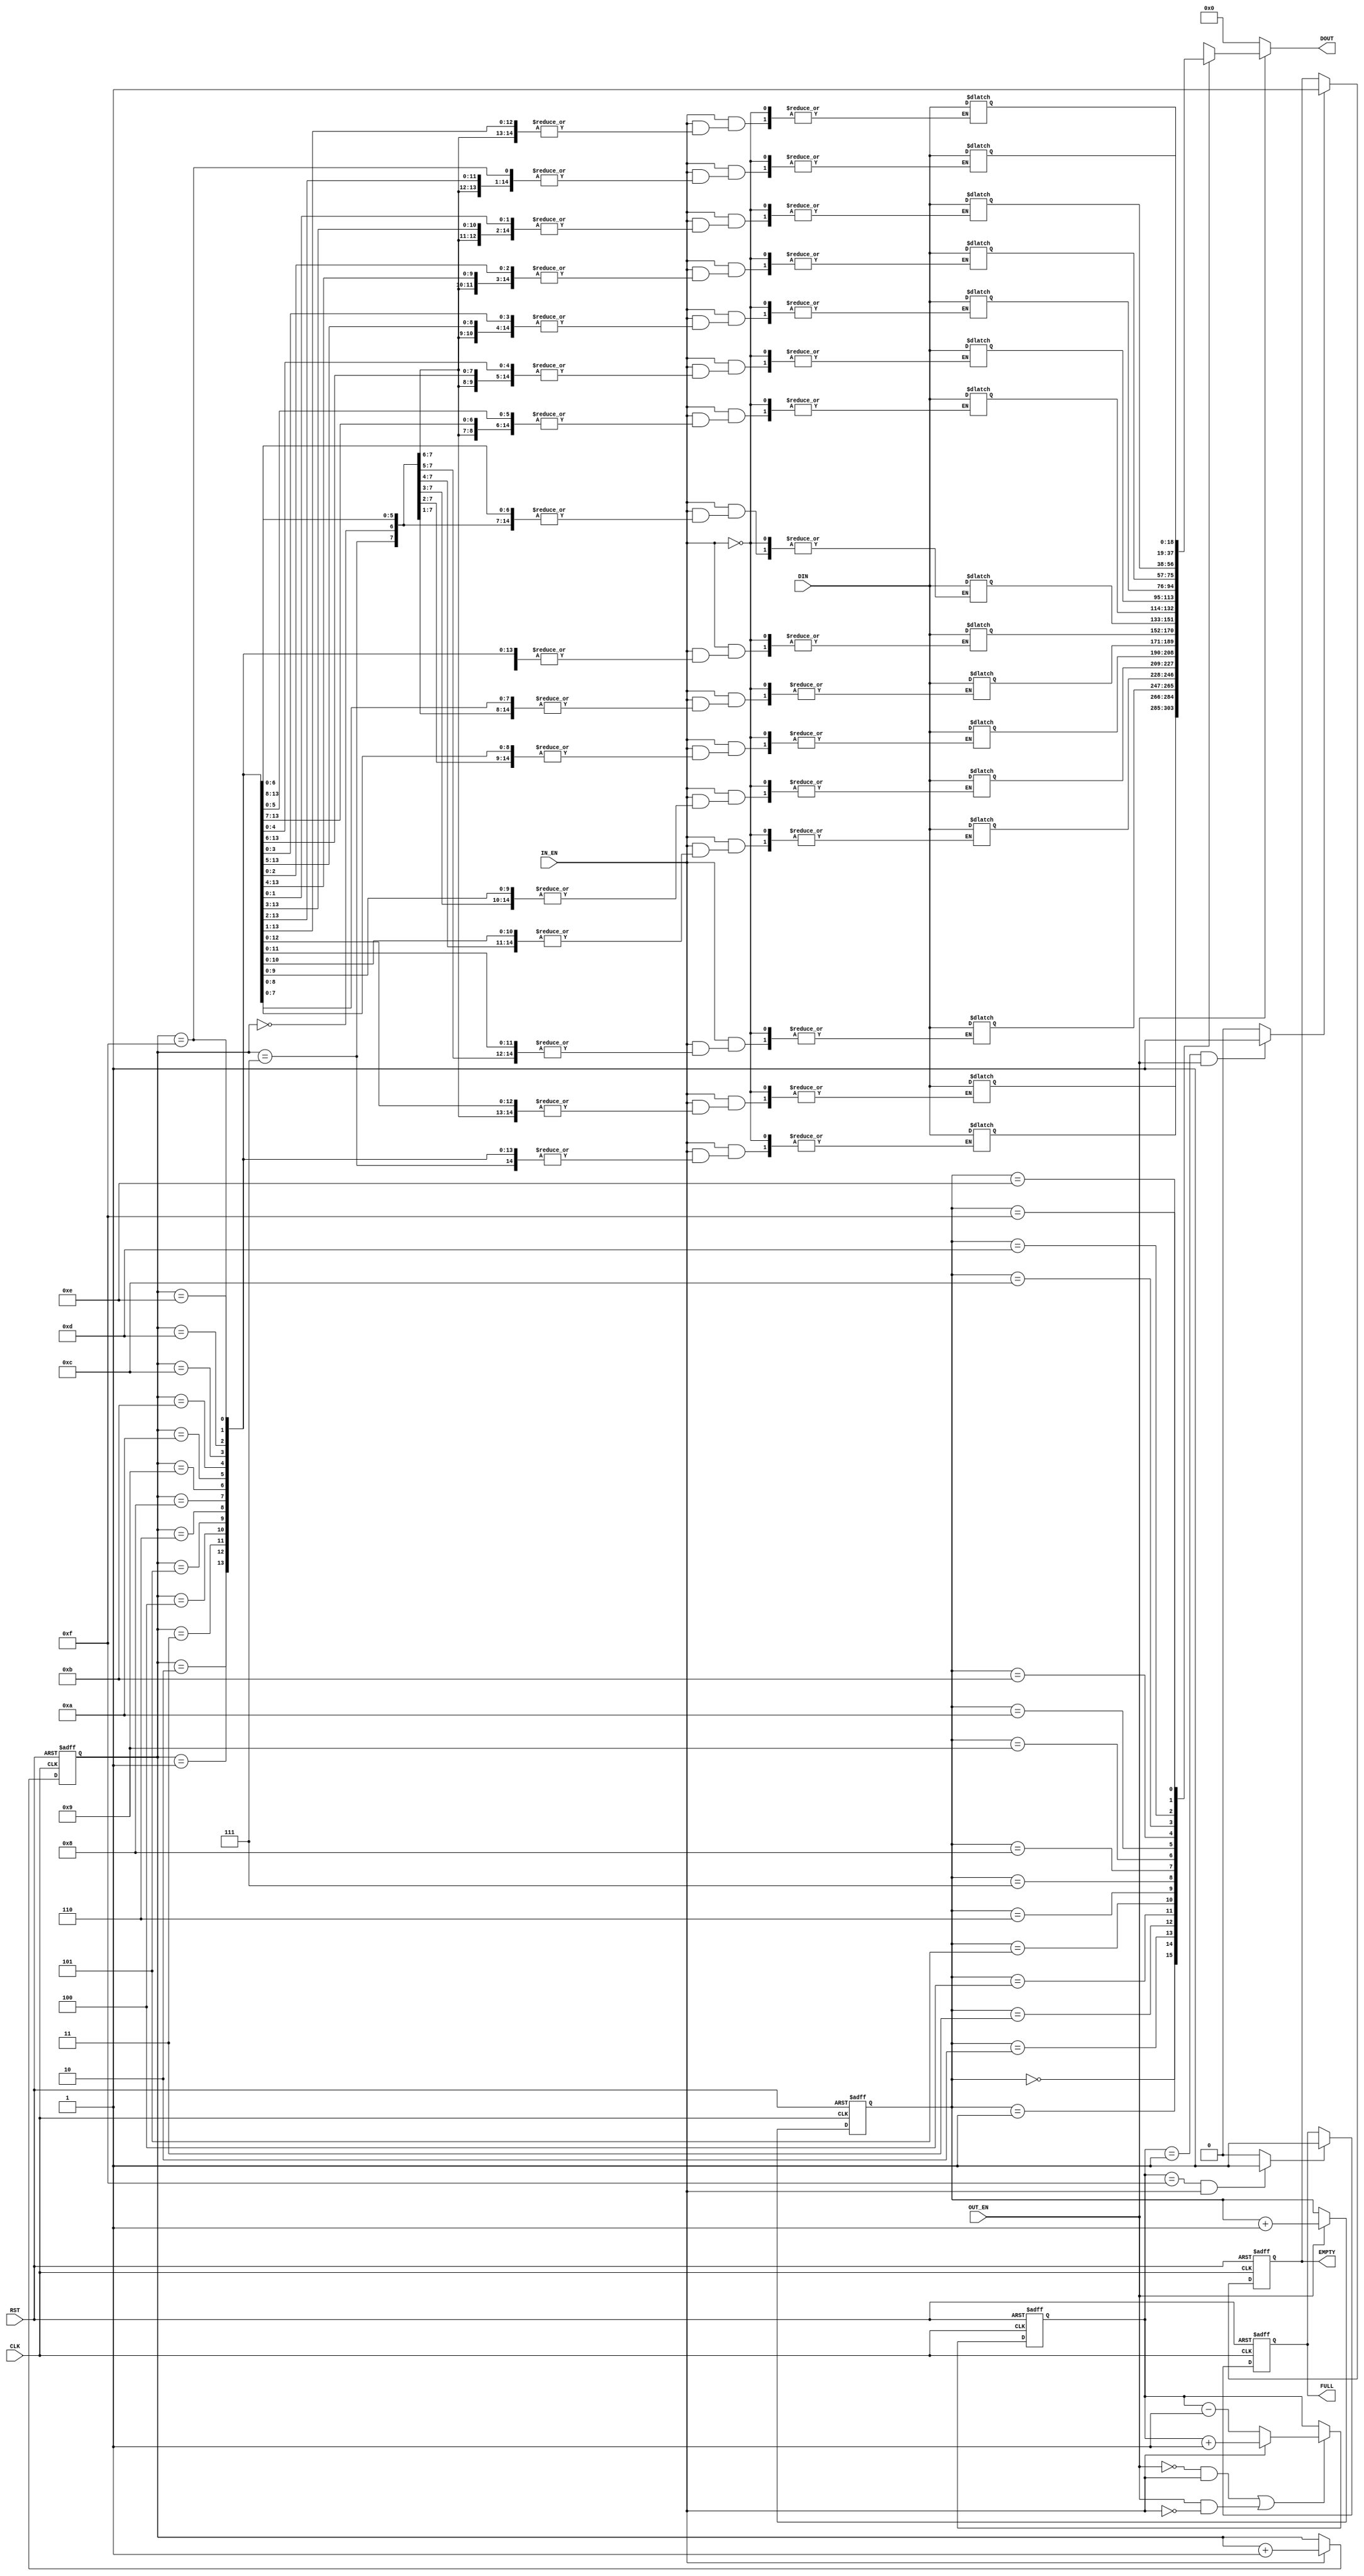
module fifo_20 (CLK,       
             DIN,       
             RST,       
             IN_EN,     
             OUT_EN,     
             DOUT,      
             FULL,      
             EMPTY      
            );   
    input                    CLK;
    input [18:0]   DIN;
    input                    RST;
    input                    IN_EN;
    input                    OUT_EN;
    output[18:0]   DOUT;
    output                   FULL;
    output                   EMPTY; 
    wire                 empty_en;
    wire                 full_en;
    reg [3:0]            cnthead;
    reg [3:0]            cnttail;
    reg                  full;
    reg                  empty;
    reg [18:0] fifo [0:15] ;
    reg [18:0] DOUT_temp;
    reg  [4:0] fcnt;
     always @(posedge CLK or posedge RST)
  begin
   if(RST)
          fcnt<=5'b0;
   else if((!OUT_EN&&IN_EN)||(OUT_EN&&!IN_EN))
      begin
       if(IN_EN)
          fcnt<=fcnt+1'b1;
       else           
          fcnt<=fcnt-1'b1;
      end
   else   fcnt<=fcnt;
  end
    always@(posedge CLK or posedge RST )
    if(RST)
      cnthead=4'b0000;
    else if(OUT_EN)
      cnthead=cnthead+1;
    always@(posedge CLK or posedge RST )
    if(RST)
      cnttail=4'b0000;
    else if(IN_EN)
      cnttail=cnttail+1;
    always@(posedge CLK or posedge RST )
    if(RST)
      full=0;
    else if(full_en)
      full=1;
    always@(posedge CLK or posedge RST )
      if(RST)
        empty=0;
      else if(empty_en)
        empty=1;
    always@(IN_EN )
    begin
       if(IN_EN)
         fifo[cnttail]=DIN;
    end
   always@( OUT_EN)
   begin
       if(OUT_EN)
         DOUT_temp=fifo[cnthead];
       else
         DOUT_temp=19'h00000;
   end
   assign  full_en=((fcnt==5'b01111&&IN_EN))? 1:0;
   assign  empty_en=((fcnt==5'b00001&&OUT_EN))? 1:0;
   assign  DOUT=DOUT_temp;
   assign  FULL=full;
   assign  EMPTY=empty;
 endmodule